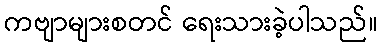
ကဗျာများစတင် ရေးသားခဲ့ပါသည်။